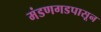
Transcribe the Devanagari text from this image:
मंडणगडपासून